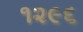
૧૨૯૬